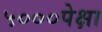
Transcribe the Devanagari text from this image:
५०००पेक्षा